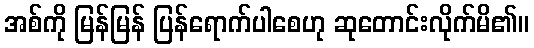
အစ်ကို မြန်မြန် ပြန်ရောက်ပါစေဟု ဆုတောင်းလိုက်မိ၏။